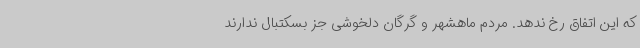
که این اتفاق رخ ندهد. مردم ماهشهر و گرگان دلخوشی جز بسکتبال ندارند